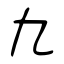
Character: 九